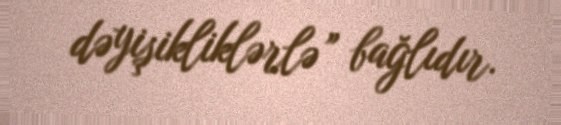
dəyişikliklərlə” bağlıdır.